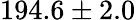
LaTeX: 194.6\pm 2.0